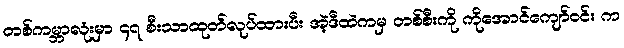
တစ်ကမ္ဘာလုံးမှာ ၄၇ စီးသာထုတ်လုပ်ထားပီး အဲ့ဒီထဲကမှ တစ်စီးကို ကိုအောင်ကျော်ဝင်း က